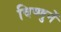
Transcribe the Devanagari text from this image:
विष्णुनें